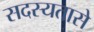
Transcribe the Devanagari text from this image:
सदस्यतासे